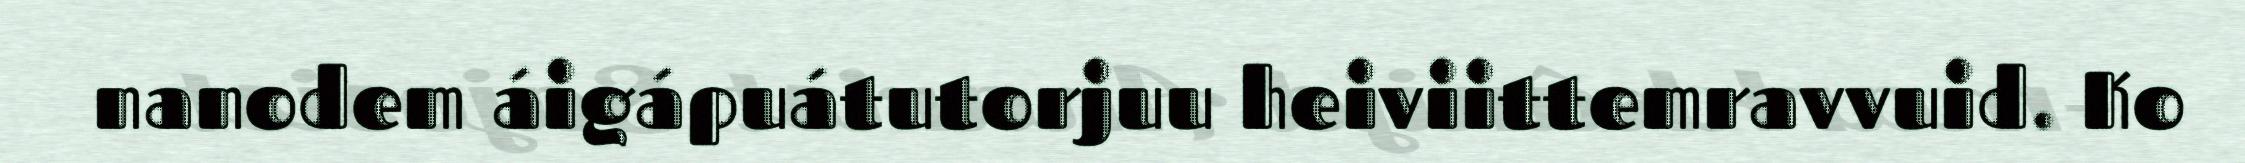
nanodem áigápuátutorjuu heiviittemravvuid. Ko